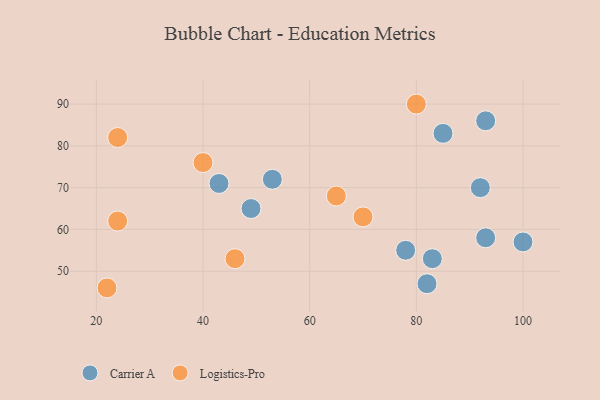
{"axis": {"x": "GDP", "y": "Life Expectancy"}, "legend": ["Carrier A", "Logistics-Pro"], "data": [{"x": "43", "y": 71, "type": "Carrier A"}, {"x": "83", "y": 53, "type": "Carrier A"}, {"x": "53", "y": 72, "type": "Carrier A"}, {"x": "92", "y": 70, "type": "Carrier A"}, {"x": "93", "y": 86, "type": "Carrier A"}, {"x": "49", "y": 65, "type": "Carrier A"}, {"x": "78", "y": 55, "type": "Carrier A"}, {"x": "100", "y": 57, "type": "Carrier A"}, {"x": "82", "y": 47, "type": "Carrier A"}, {"x": "93", "y": 58, "type": "Carrier A"}, {"x": "85", "y": 83, "type": "Carrier A"}, {"x": "24", "y": 62, "type": "Logistics-Pro"}, {"x": "70", "y": 63, "type": "Logistics-Pro"}, {"x": "80", "y": 90, "type": "Logistics-Pro"}, {"x": "65", "y": 68, "type": "Logistics-Pro"}, {"x": "24", "y": 82, "type": "Logistics-Pro"}, {"x": "22", "y": 46, "type": "Logistics-Pro"}, {"x": "40", "y": 76, "type": "Logistics-Pro"}, {"x": "46", "y": 53, "type": "Logistics-Pro"}]}